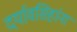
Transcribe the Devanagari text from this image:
दर्यावसिहांना